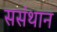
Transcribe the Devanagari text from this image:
ससंथान